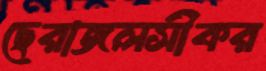
ছেরাজলসীকর